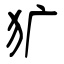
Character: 犷